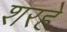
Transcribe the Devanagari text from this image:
शरहे